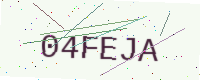
Text: 04FEJA